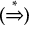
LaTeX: ( { \stackrel { * } { \Rightarrow } } )